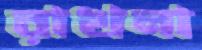
রাখনা